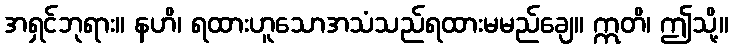
အရှင်ဘုရား။ နဟိ၊ ရထားဟူသောအသံသည်ရထားမမည်ချေ။ ဣတိ၊ ဤသို့။